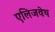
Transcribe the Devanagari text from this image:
एलिजवेथ